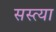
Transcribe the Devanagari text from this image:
सस्त्या